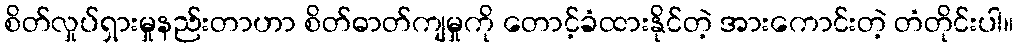
စိတ်လှုပ်ရှားမှုနည်းတာဟာ စိတ်ဓာတ်ကျမှုကို တောင့်ခံထားနိုင်တဲ့ အားကောင်းတဲ့ တံတိုင်းပါ။